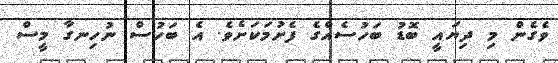
ވެގެން މި ދިޔައީ ބޮޑު ބަހުސެއްގެ ފެށުމަކަށެވެ. އެ ބަހުސް ނުހިނގާ މީސް